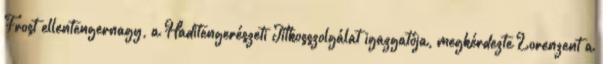
Frost ellentengernagy, a Haditengerészeti Titkosszolgálat igazgatója, megkérdezte Lorenzent a